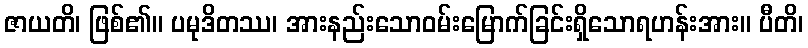
ဇာယတိ၊ ဖြစ်၏။ ပမုဒိတဿ၊ အားနည်းသောဝမ်းမြောက်ခြင်းရှိသောရဟန်းအား။ ပီတိ၊